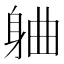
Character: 𬧣